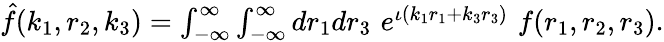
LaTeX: \begin{array}{r}{\hat{f}(k_{1},r_{2},k_{3})=\int_{-\infty}^{\infty}\int_{-\infty}^{\infty}dr_{1}dr_{3}\, \, e^{\iota(k_{1}r_{1}+k_{3}r_{3})}\, \, f(r_{1},r_{2},r_{3}).}\end{array}